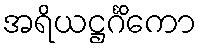
အရိယဋ္ဌင်္ဂိကော